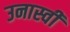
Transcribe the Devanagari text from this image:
उनास्वी